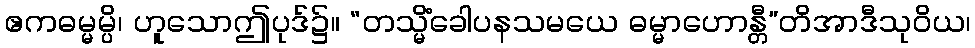
ဧကဓမ္မမ္ပိ၊ ဟူသောဤပုဒ်၌။ “တသ္မိံခေါပနသမယေ ဓမ္မာဟောန္တီ”တိအာဒီသုဝိယ၊